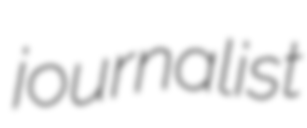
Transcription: journalist